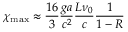
\chi _ { \mathrm { m a x } } \approx \frac { 1 6 } { 3 } \frac { g a } { c ^ { 2 } } \frac { L \nu _ { 0 } } { c } \frac { 1 } { 1 - R }